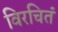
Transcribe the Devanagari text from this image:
विरचितं